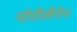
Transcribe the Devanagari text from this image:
पोरीलैनेन